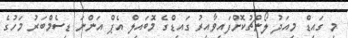
މި ގައިޑް މިއަދު ލޯންޗުކޮށްފައިވާއިރު ގައިޑްގެ މޮބައިލް އެޕް އަންނަ ޑިސެމްބަރު މަހުގެ